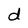
Character: d